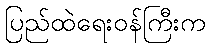
ပြည်ထဲရေးဝန်ကြီးက